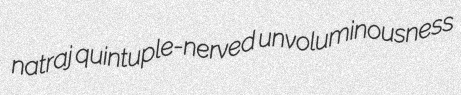
natraj quintuple-nerved unvoluminousness